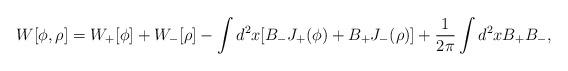
LaTeX: \begin{align*}W[\phi, \rho ]=W_+[\phi ]+W_-[\rho ]-\int d^2x[B_-J_+(\phi )+B_+J_-(\rho)]+{1\over{2\pi}}\int d^2x B_+B_-,\end{align*}